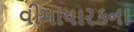
વીમાધારકના